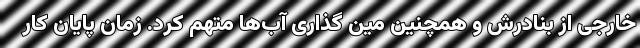
خارجی از بنادرش و همچنین مین گذاری آب‌ها متهم کرد. زمان پایان کار